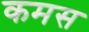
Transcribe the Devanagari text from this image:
कमस